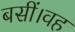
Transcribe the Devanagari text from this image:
बसीं।वह